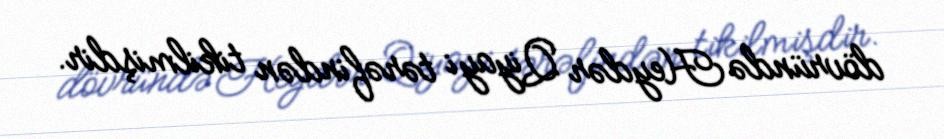
dövründə Heydər Qiyayi tərəfindən tikilmişdir.